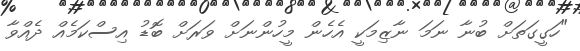
"ހަގީގަތަށް ބުނާ ނަމަ ނާޒިމަކީ އެހެން މީހުންނަށް ވަރަށް ބޮޑު އިސްކަމެއް ދެއްވާ